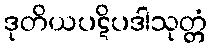
ဒုတိယပဋိပဒါသုတ္တံ